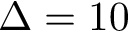
\Delta = 1 0